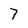
Character: 7